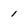
Character: 1